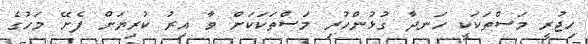
ހިޖުރީ މަސްތަކަކީ ހަނދާ ގުޅުންހުރި މަސްތަކަކަށް ވާ އިރު ކުރިޔަށް ފެށޭ މަހުގެ